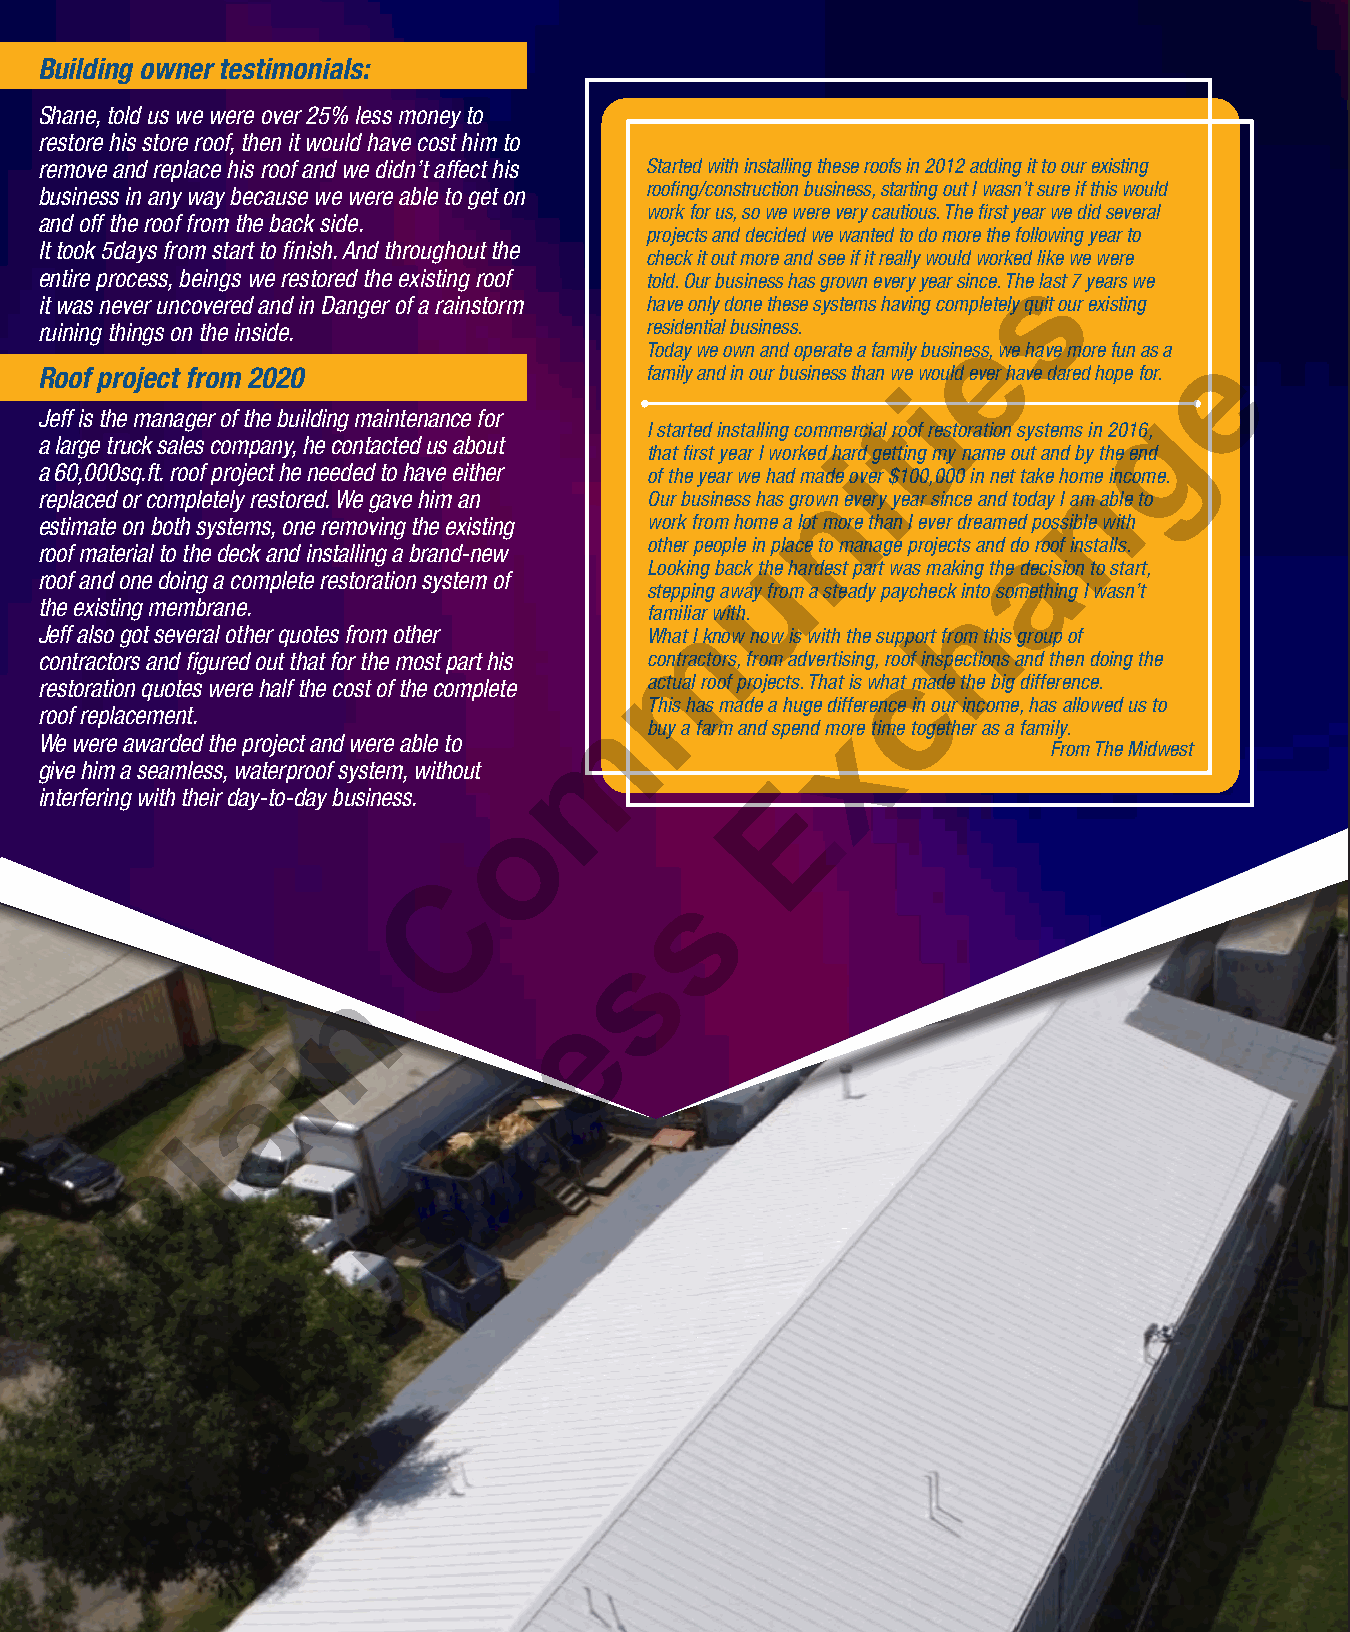
Building owner testimonials:
 Shane, told us we were over 25% less money to
 restore his store roof, then it would have cost him to
 remove and replace his roof and we didn’t affect his Started with installing these roofs in 2012 adding it to our existing
 business in any way because we were able to get on roofing/construction business, starting out I wasn’t sure if this would
 work for us, so we were very cautious. The first year we did several
 and off the roof from the back side.
 projects and decided we wanted to do more the following year to
 It took 5days from start to finish. And throughout the
 check it out more and see if it really would worked like we were
 entire process, beings we restored the existing roof told. Our business has grown every year since. Thes last 7 years we
 it was never uncovered and in Danger of a rainstorm have only done these systems having completely quit our existing
 ruining things on the inside.            residential business. e
 Today we own and operate a family business, we have more fun as a e
 Roof project from 2020                   family and in our business than we would ever have dared hope for.
 i
 Jeff is the manager of the building maintenance for                       g
 I started installing commercial troof restoration systems in 2016,
 a large truck sales company, he contacted us about
 that first year I worked hard getting my name out and by the end
 i
 a 60,000sq.ft. roof project he needed to have either of the year we had made over $100,000 in net take homne income.
 replaced or completely restored. We gave him an Our business has grown n every year since and today I am able to
 estimate on both systems, one removing the existing work from home a lot more than I ever dreamed possible with
 other people in place to manage projects and doa roof installs.
 roof material to the deck and installing a brand-new
 u
 Looking back the hardest part was making the decision to start,
 roof and one doing a complete restoration system of
 stepping away from a steady paycheck into something I wasn’t
 the existing membrane.                                        h
 familiar with.
 m
 Jeff also got several other quotes from other What I know now is with the support from this group of
 contractors and figured out that for the most part his contractors, from advertising, roof inspections and then doing the
 c
 restoration quotes were half the cost of the complete actual roof projects. That is what made the big difference.
 This has made a huge difference in our income, has allowed us to
 roof replacement.                     m
 buy a farm and spend moxre time together as a family.
 We were awarded the project and were able to
 From The Midwest
 give him a seamless, waterproof system, without
 interfering with their day-to-day business.       E
 o
 C
 s
 s
 n
 e
 i
 n
 a
 i
 l
 s
 P
 u
 B
 44   December 2021 |